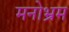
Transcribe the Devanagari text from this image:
मनोभ्रम